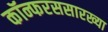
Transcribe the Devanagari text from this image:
कॉन्फरससारख्या